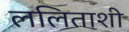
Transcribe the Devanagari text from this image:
ललिताशी